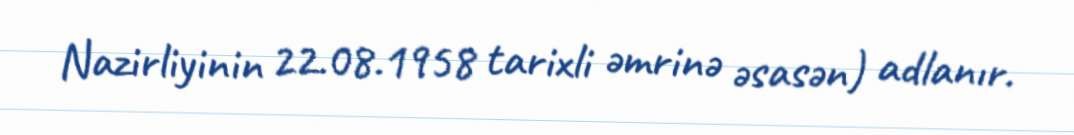
Nazirliyinin 22.08.1958 tarixli əmrinə əsasən) adlanır.